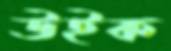
উইক